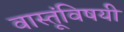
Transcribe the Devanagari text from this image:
वास्तूंविषयी